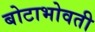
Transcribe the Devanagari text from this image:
बोटाभोवती